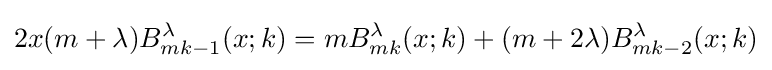
2x(m+\lambda )B_{mk-1}^{\lambda }(x;k)=mB_{mk}^{\lambda }(x;k)+(m+2\lambda )B_{mk-2}^{\lambda }(x;k)